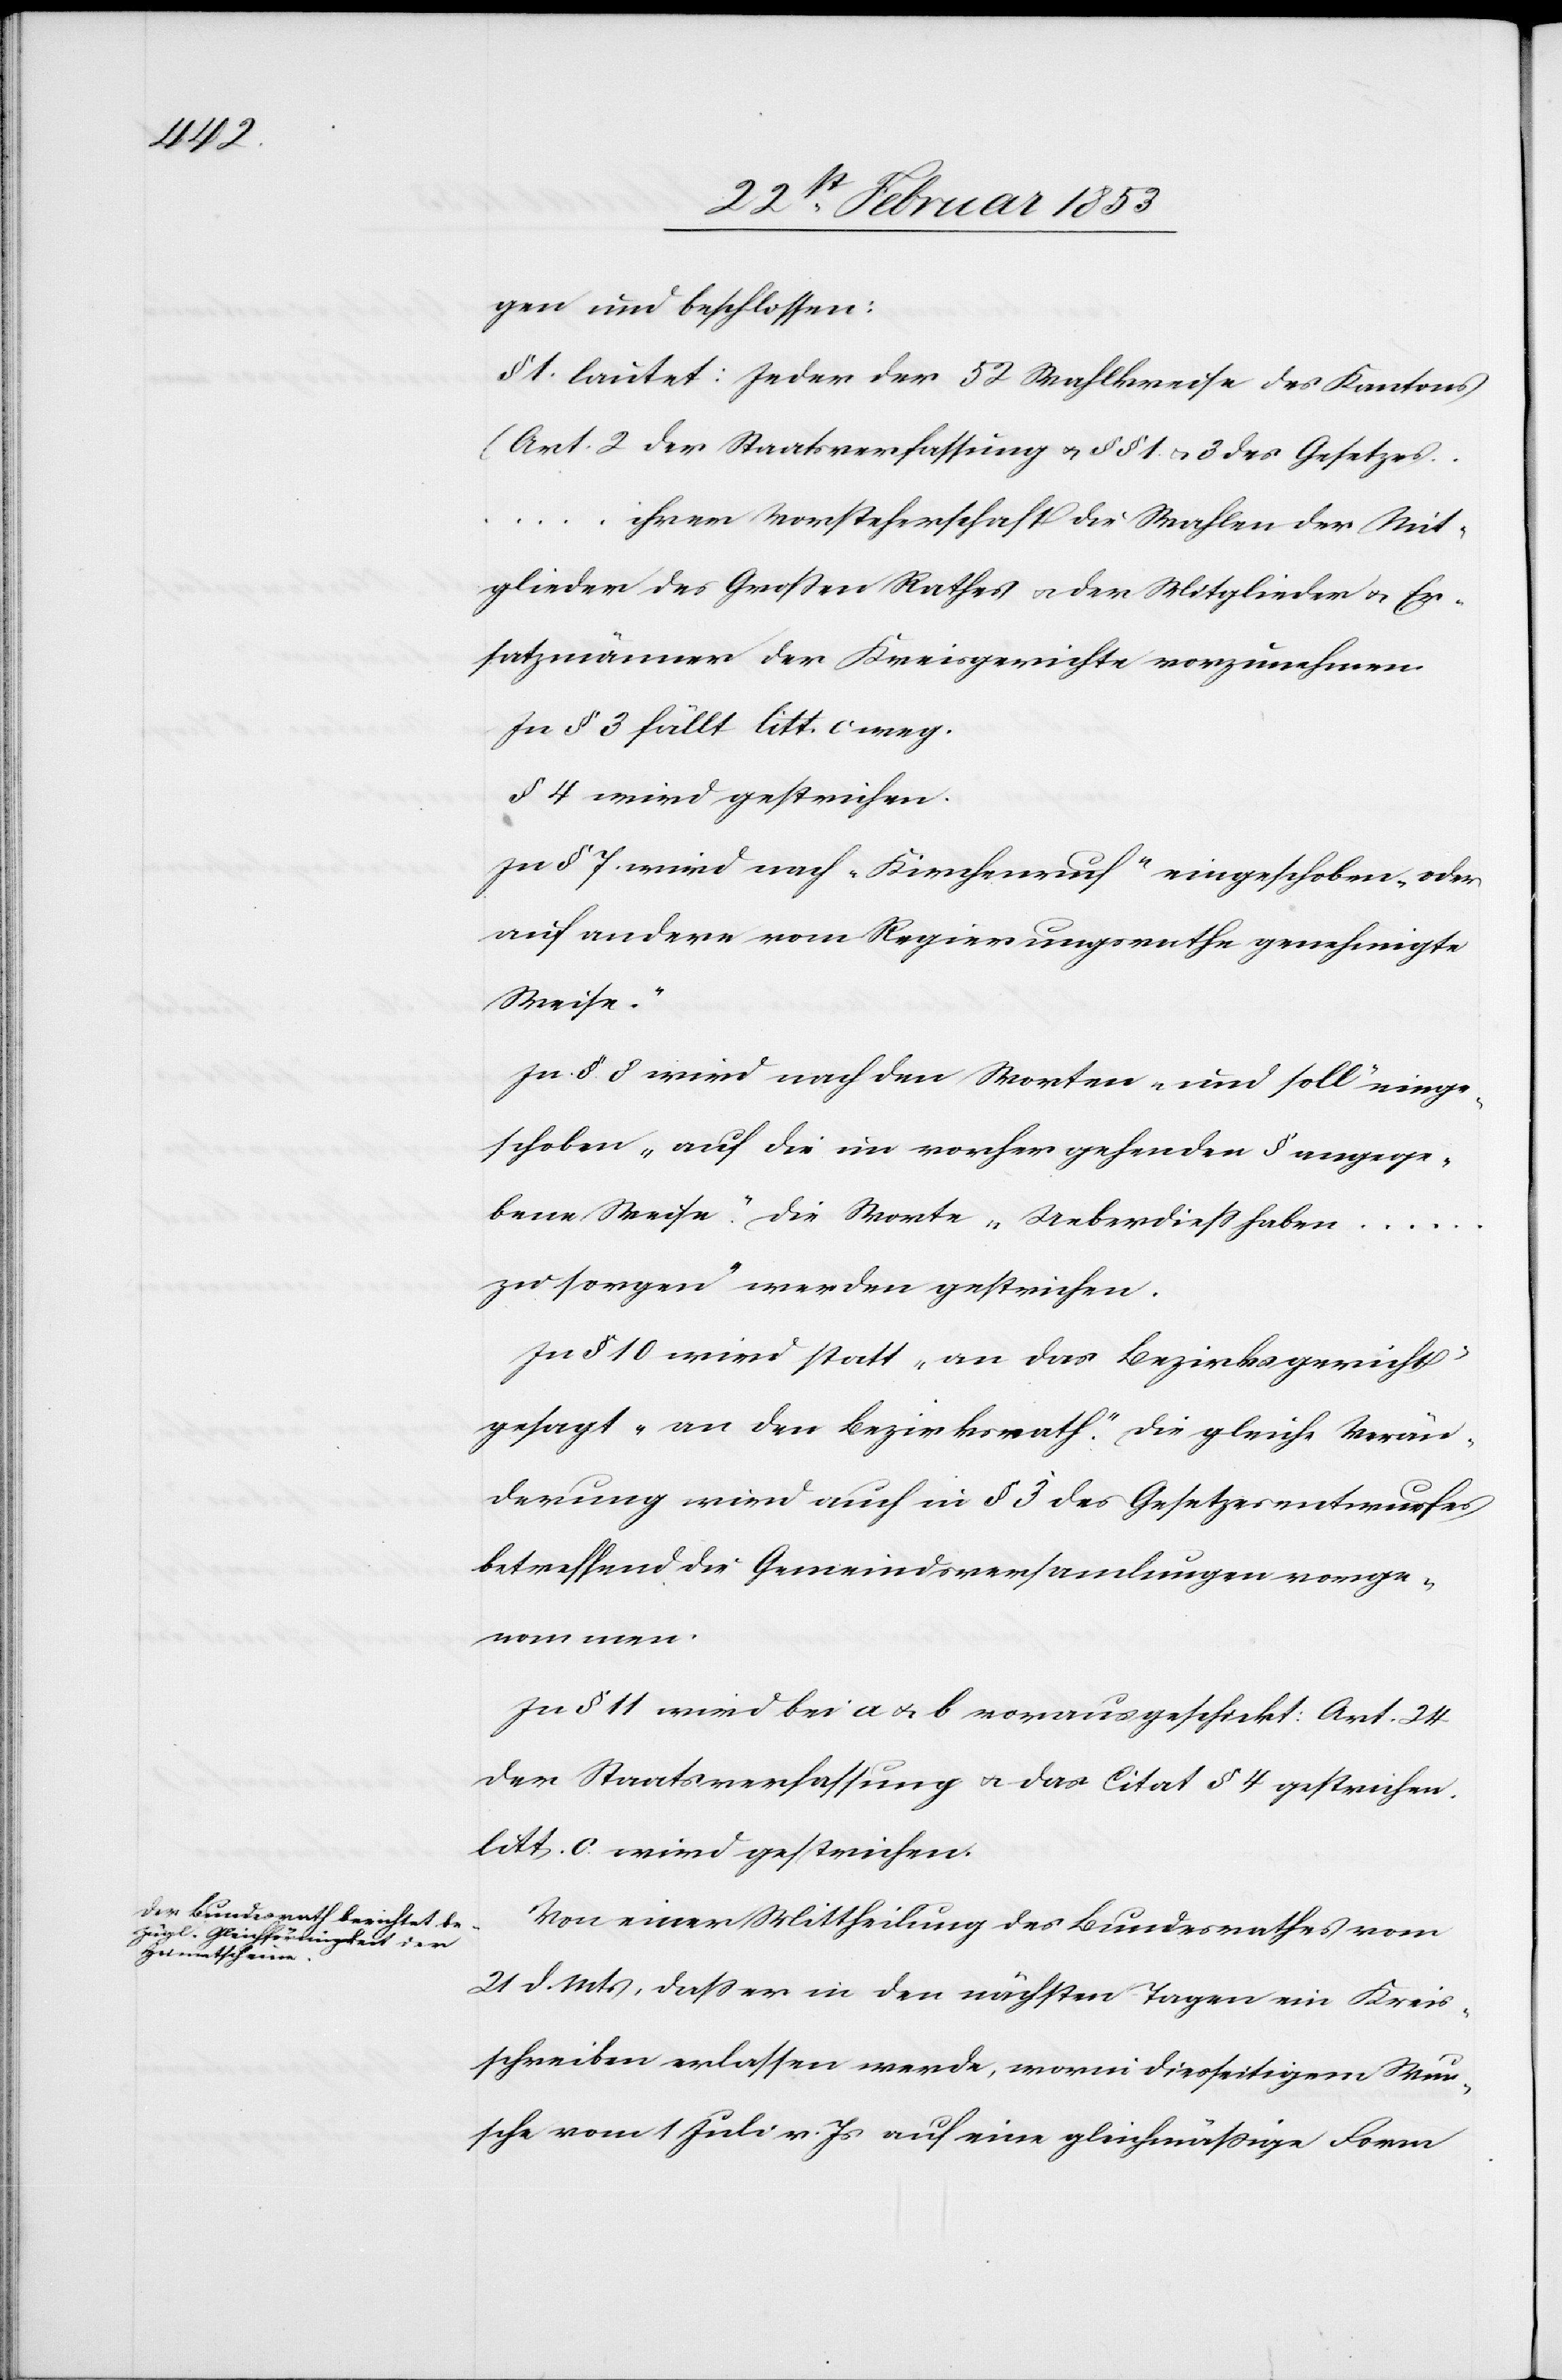
gen und beschlossen:
§ 1 lautet: Jeder der 52 Wahlkreise des Kantons
(Art. 2 der Staatsverfassung u. §§ 1. u. 3 des Gesetzes…i¬
hrer Vorsteherschaft die Wahlen der Mit¬
glieder des Großen Rathes u. der Mitglieder u. Er¬
satzmänner der Kreisgerichte vorzunehmen.
In § 3 fällt litt. c weg.
§ 4 wird gestrichen.
In § 7 wird nach „Kirchenruf“ eingeschoben, „oder
auf andere vom Regierungsrathe genehmigte
Weise.“
In § 8 wird nach den Worten „und soll“ einge¬
schoben „auf die im vorher gehenden § angege¬
bene Weise.“ Die Worte „Ueberdieß haben…z¬
u sorgen“ werden gestrichen.
In § 10 wird statt „an das Bezirksgericht“
gesagt „an den Bezirksrath“. Die gleiche Verän¬
derung wird auch in § 3 des Gesetzesentwurfes
betreffend die Gemeindsversammlungen vorge¬
nommen.
In § 11 wird bei a u. b vorausgeschickt: Art. 24
der Staatsverfassung u. das Citat § 4 gestrichen.
litt. c. wird gestrichen.
Von einer Mittheilung des Bundesrathes vom
21 d. Mts., daß er in den nächsten Tagen ein Kreis¬
schreiben erlassen werde, worin diesseitigem Wun¬
sche vom 1 Juli v. Js. auf eine gleichmäßige Form